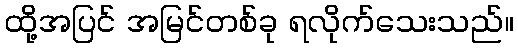
ထို့အပြင် အမြင်တစ်ခု ရလိုက်သေးသည်။